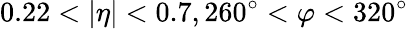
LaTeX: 0.22<|\eta|<0.7,260^{\circ}<\varphi<320^{\circ}